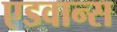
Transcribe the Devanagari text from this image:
एडवान्स